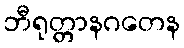
ဘီရုတ္တာနဂတေန